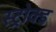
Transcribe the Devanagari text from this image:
स्ट्रोक्ड